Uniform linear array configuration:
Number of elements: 16
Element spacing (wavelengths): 0.5
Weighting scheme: uniform
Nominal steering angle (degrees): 0
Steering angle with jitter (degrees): -1.063
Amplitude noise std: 0.05
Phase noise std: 0.05

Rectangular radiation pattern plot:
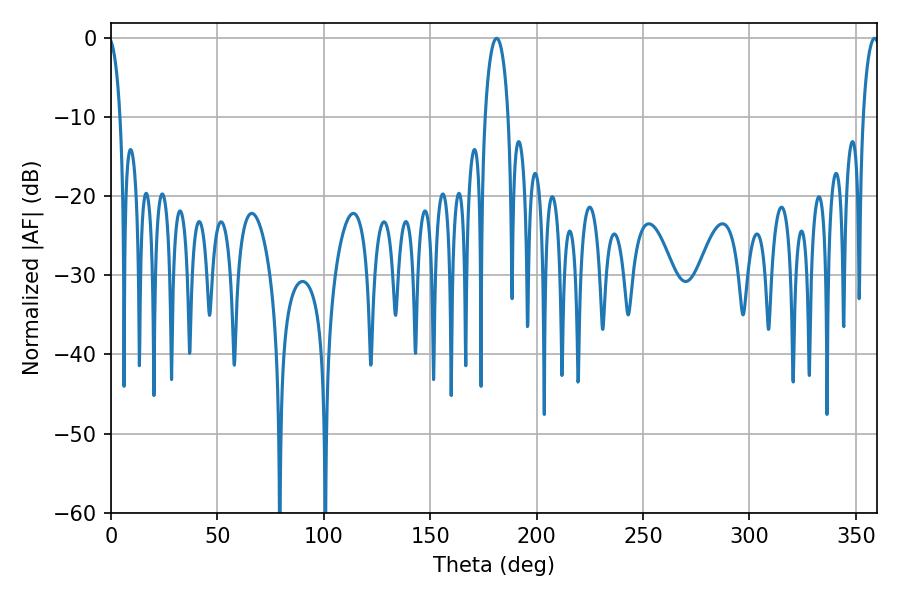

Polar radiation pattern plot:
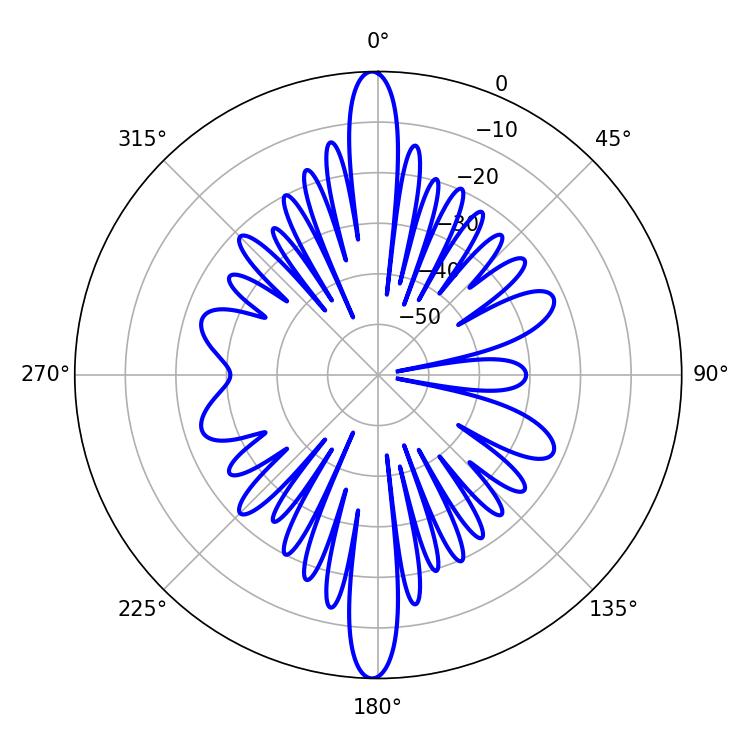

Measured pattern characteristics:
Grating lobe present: FALSE
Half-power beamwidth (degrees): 6.3
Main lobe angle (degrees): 181.26